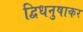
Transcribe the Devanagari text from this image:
द्विधनुषाकर